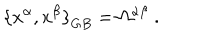
{ \{ x ^ { \alpha } , x ^ { \beta } \} } _ { G B } = \Omega ^ { \alpha \beta } \; .